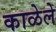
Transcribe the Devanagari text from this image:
काळेले